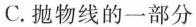
C.抛物线的一部分